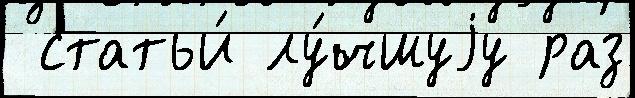
 статьи́ лу́чшуjу раз